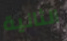
الثانية